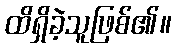
ထိရှိခဲ့သူဖြစ်၏။